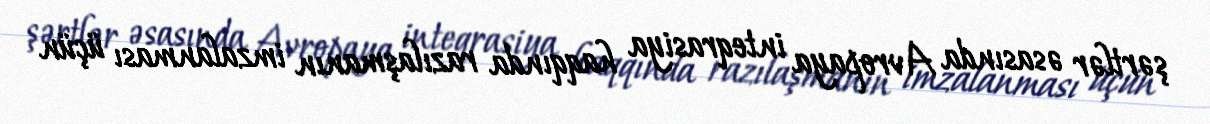
şərtlər əsasında Avropaya inteqrasiya haqqında razılaşmanın imzalanması üçün